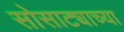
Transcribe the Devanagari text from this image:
सोसाट्याच्या